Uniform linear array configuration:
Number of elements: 12
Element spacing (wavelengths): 0.75
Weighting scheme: kaiser
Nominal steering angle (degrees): -30
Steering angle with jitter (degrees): -29.677
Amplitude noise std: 0.05
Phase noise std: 0.05

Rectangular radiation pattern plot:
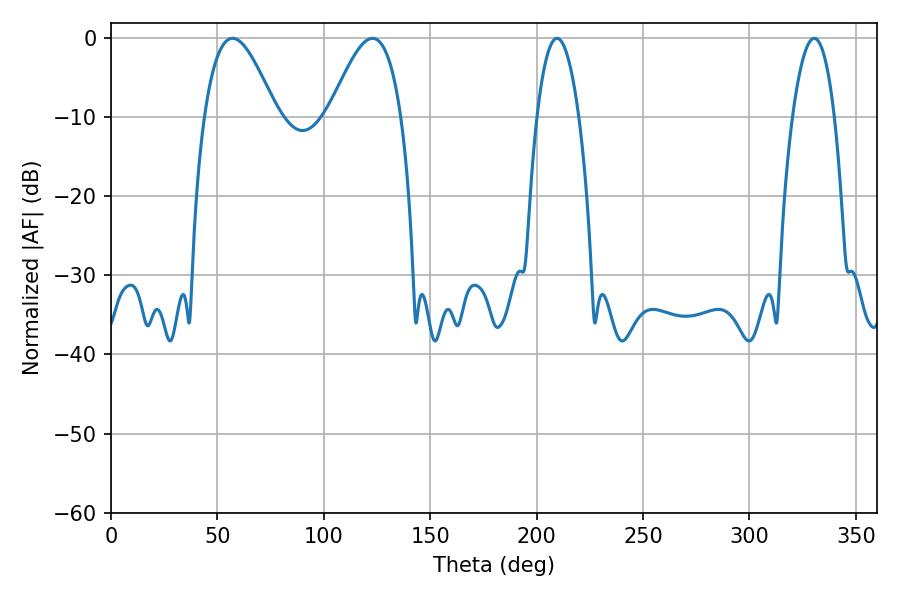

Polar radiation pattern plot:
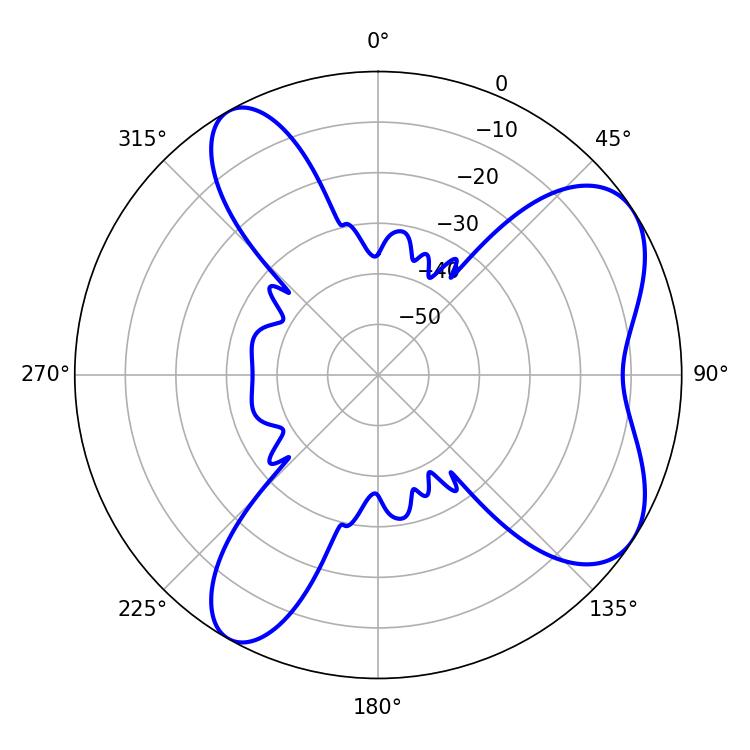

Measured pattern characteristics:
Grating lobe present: TRUE
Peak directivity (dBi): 6.841
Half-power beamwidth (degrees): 18.36
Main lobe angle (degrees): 57.06